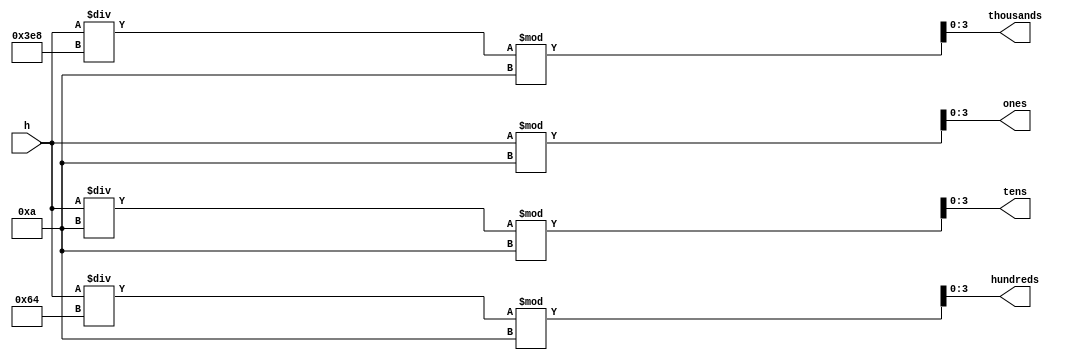
module HexToDec4Digits(h,ones,tens, hundreds, thousands);
	input [15:0] h;
	output reg [3:0] ones, tens, hundreds, thousands;
		
	always @(h) begin			
		ones[3:0] = (h%10);
		tens[3:0] = (h/10) % 10;
		hundreds[3:0] = (h/100) % 10;
		thousands[3:0] = (h/1000) % 10;
	end
endmodule